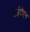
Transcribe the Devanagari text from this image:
आईटीएन